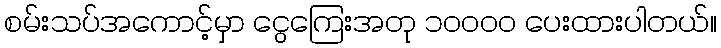
စမ်းသပ်အကောင့်မှာ ငွေကြေးအတု ၁၀၀၀၀ ပေးထားပါတယ်။